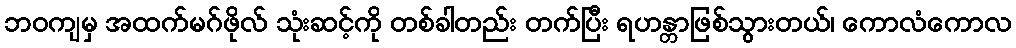
ဘဝကျမှ အထက်မဂ်ဖိုလ် သုံးဆင့်ကို တစ်ခါတည်း တက်ပြီး ရဟန္တာဖြစ်သွားတယ်၊ ကောလံကောလ